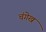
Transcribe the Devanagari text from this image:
चंगेख